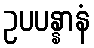
ဥပပန္နာနံ